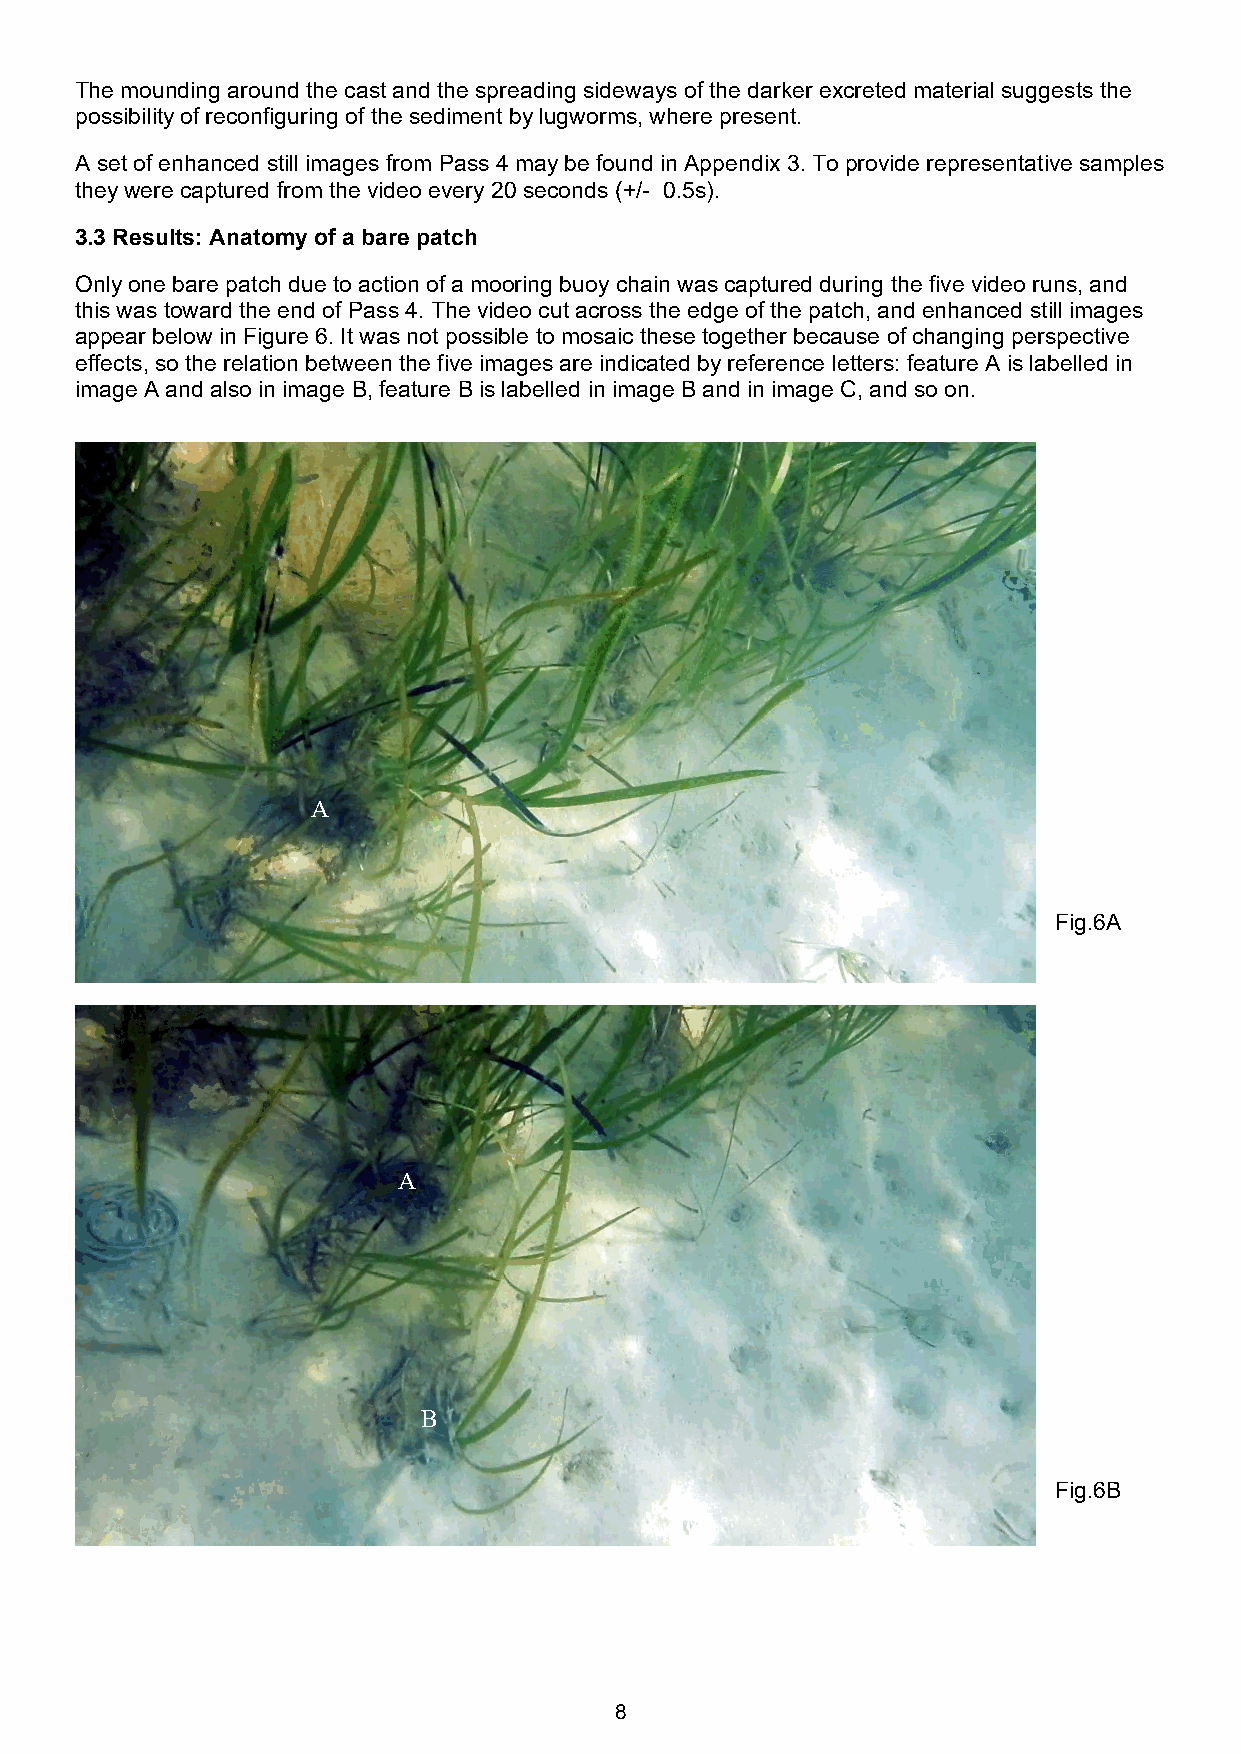
The mounding around the cast and the spreading sideways of the darker excreted material suggests the
 possibility of reconfiguring of the sediment by lugworms, where present.
 A set of enhanced still images from Pass 4 may be found in Appendix 3. To provide representative samples
 they were captured from the video every 20 seconds (+/- 0.5s).
 3.3 Results: Anatomy of a bare patch
 Only one bare patch due to action of a mooring buoy chain was captured during the five video runs, and
 this was toward the end of Pass 4. The video cut across the edge of the patch, and enhanced still images
 appear below in Figure 6. It was not possible to mosaic these together because of changing perspective
 effects, so the relation between the five images are indicated by reference letters: feature A is labelled in
 image A and also in image B, feature B is labelled in image B and in image C, and so on.
 A
 Fig.6A
 A
 B
 Fig.6B
 8